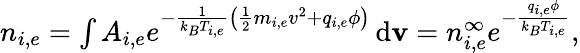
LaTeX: \begin{array}{r}{n_{i,e}=\int A_{i,e}e^{-\frac{1}{k_{B}T_{i,e}}\left(\frac{1}{2}m_{i,e}v^{2}+q_{i,e}\phi\right)}\, \textrm{d}\mathbf{v}=n_{i,e}^{\infty}e^{-\frac{q_{i,e}\phi}{k_{B}T_{i,e}}},}\end{array}